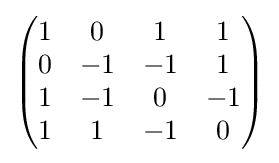
{\begin{pmatrix}1&0&1&1\\0&-1&-1&1\\1&-1&0&-1\\1&1&-1&0\end{pmatrix}}